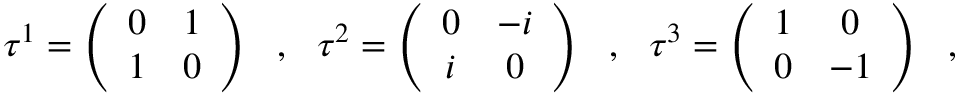
\tau ^ { 1 } = \left( \begin{array} { c c } { { 0 } } & { { 1 } } \\ { { 1 } } & { { 0 } } \end{array} \right) \ \ , \ \ \tau ^ { 2 } = \left( \begin{array} { c c } { { 0 } } & { { - i } } \\ { { i } } & { { 0 } } \end{array} \right) \ \ , \ \ \tau ^ { 3 } = \left( \begin{array} { c c } { { 1 } } & { { 0 } } \\ { { 0 } } & { { - 1 } } \end{array} \right) \ \ ,